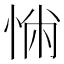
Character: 𢛎